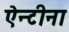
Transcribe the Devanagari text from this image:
ऐन्टीना